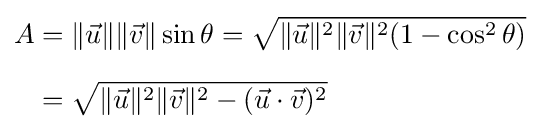
{\begin{aligned}A&=\|{\vec {u}}\|\|{\vec {v}}\|\sin \theta ={\sqrt {\|{\vec {u}}\|^{2}\|{\vec {v}}\|^{2}(1-\cos ^{2}\theta )}}\\[6pt]&={\sqrt {\|{\vec {u}}\|^{2}\|{\vec {v}}\|^{2}-({\vec {u}}\cdot {\vec {v}})^{2}}}\end{aligned}}